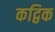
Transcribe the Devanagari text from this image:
कद्विक